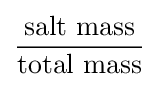
{\dfrac {\text{salt mass}}{\text{total mass}}}